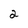
Character: 2